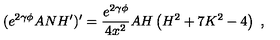
( e ^ { 2 \gamma \phi } A N H ^ { \prime } ) ^ { \prime } = \frac { e ^ { 2 \gamma \phi } } { 4 x ^ { 2 } } A H \left( H ^ { 2 } + 7 K ^ { 2 } - 4 \right) \ ,